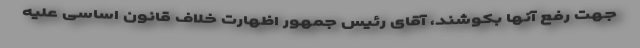
جهت رفع آنها بکوشند، آقای رئیس جمهور اظهارت خلاف قانون اساسی علیه